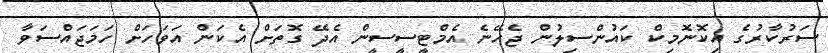
ސަރުކާރުގެ އިކޮނޮމިކް ކައުންސިލުން ޖެހޭނެ އެމްޓީސީސީން އެދޭ ގޮތަށް އެކަން އަވަހަށް ހަމަޖައްސަވާ